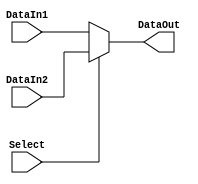
`timescale 1ns / 1ps
module Multiplexer32(
	input Select,
	input[31:0] DataIn1,
	input[31:0] DataIn2,
	output[31:0] DataOut
);
	assign DataOut=	Select ? DataIn2 : DataIn1;
endmodule